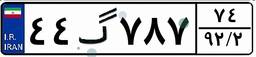
۱۵گ۳۳۶۸۰